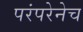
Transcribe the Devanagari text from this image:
परंपरेनेच